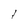
Character: 1